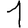
Digit: 1